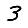
Digit: 3